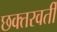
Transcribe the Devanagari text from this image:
छक्तरवर्ती